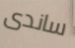
ساندى